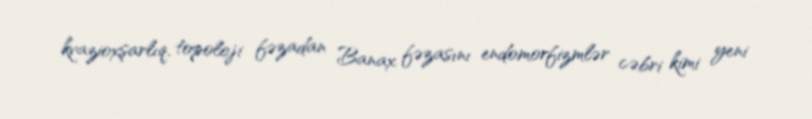
kvazioxşarlıq, topoloji fəzadan Banax fəzasını endomorfizmlər cəbri kimi yeni